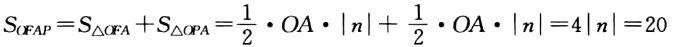
\[S_{OFAP}=S_{\triangle OFA}+S_{\triangle OPA}=\frac{1}{2}\cdot OA\cdot |n|+\frac{1}{2}\cdot OA\cdot |n| = 4|n| = 20\]